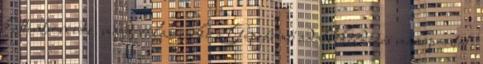
kattintson ide, majd válassza ki a Gépjármű adatlekérdezés menüpontot.